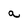
Character: a